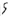
Text: S